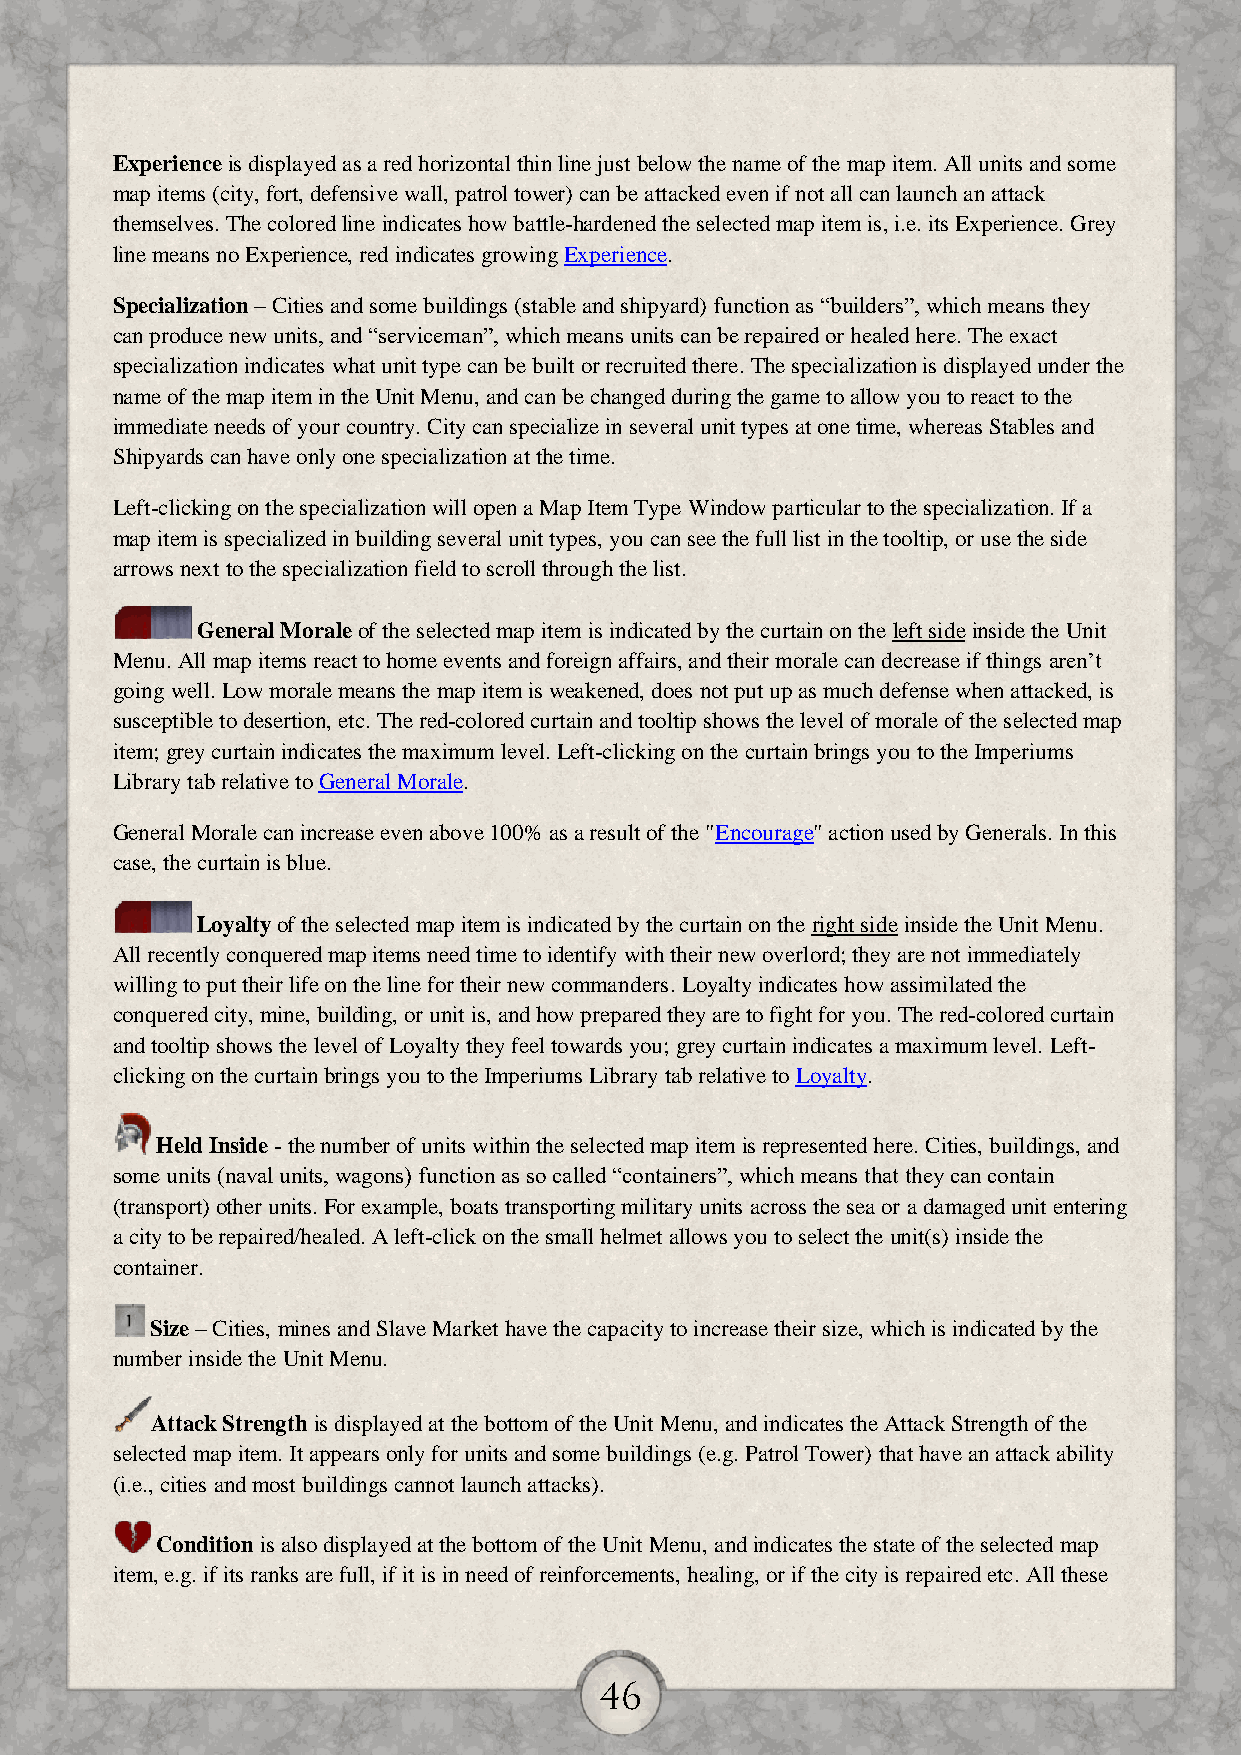
Experience is displayed as a red horizontal thin line just below the name of the map item. All units and some
 map items (city, fort, defensive wall, patrol tower) can be attacked even if not all can launch an attack
 themselves. The colored line indicates how battle-hardened the selected map item is, i.e. its Experience. Grey
 line means no Experience, red indicates growing Experience.
 Specialization – Cities and some buildings (stable and shipyard) function as “builders”, which means they
 can produce new units, and “serviceman”, which means units can be repaired or healed here. The exact
 specialization indicates what unit type can be built or recruited there. The specialization is displayed under the
 name of the map item in the Unit Menu, and can be changed during the game to allow you to react to the
 immediate needs of your country. City can specialize in several unit types at one time, whereas Stables and
 Shipyards can have only one specialization at the time.
 Left-clicking on the specialization will open a Map Item Type Window particular to the specialization. If a
 map item is specialized in building several unit types, you can see the full list in the tooltip, or use the side
 arrows next to the specialization field to scroll through the list.
 General Morale of the selected map item is indicated by the curtain on the left side inside the Unit
 Menu. All map items react to home events and foreign affairs, and their morale can decrease if things aren’t
 going well. Low morale means the map item is weakened, does not put up as much defense when attacked, is
 susceptible to desertion, etc. The red-colored curtain and tooltip shows the level of morale of the selected map
 item; grey curtain indicates the maximum level. Left-clicking on the curtain brings you to the Imperiums
 Library tab relative to General Morale.
 General Morale can increase even above 100% as a result of the "Encourage" action used by Generals. In this
 case, the curtain is blue.
 Loyalty of the selected map item is indicated by the curtain on the right side inside the Unit Menu.
 All recently conquered map items need time to identify with their new overlord; they are not immediately
 willing to put their life on the line for their new commanders. Loyalty indicates how assimilated the
 conquered city, mine, building, or unit is, and how prepared they are to fight for you. The red-colored curtain
 and tooltip shows the level of Loyalty they feel towards you; grey curtain indicates a maximum level. Left-
 clicking on the curtain brings you to the Imperiums Library tab relative to Loyalty.
 Held Inside - the number of units within the selected map item is represented here. Cities, buildings, and
 some units (naval units, wagons) function as so called “containers”, which means that they can contain
 (transport) other units. For example, boats transporting military units across the sea or a damaged unit entering
 a city to be repaired/healed. A left-click on the small helmet allows you to select the unit(s) inside the
 container.
 Size – Cities, mines and Slave Market have the capacity to increase their size, which is indicated by the
 number inside the Unit Menu.
 Attack Strength is displayed at the bottom of the Unit Menu, and indicates the Attack Strength of the
 selected map item. It appears only for units and some buildings (e.g. Patrol Tower) that have an attack ability
 (i.e., cities and most buildings cannot launch attacks).
 Condition is also displayed at the bottom of the Unit Menu, and indicates the state of the selected map
 item, e.g. if its ranks are full, if it is in need of reinforcements, healing, or if the city is repaired etc. All these
 46